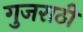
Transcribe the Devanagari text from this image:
गुजराठी